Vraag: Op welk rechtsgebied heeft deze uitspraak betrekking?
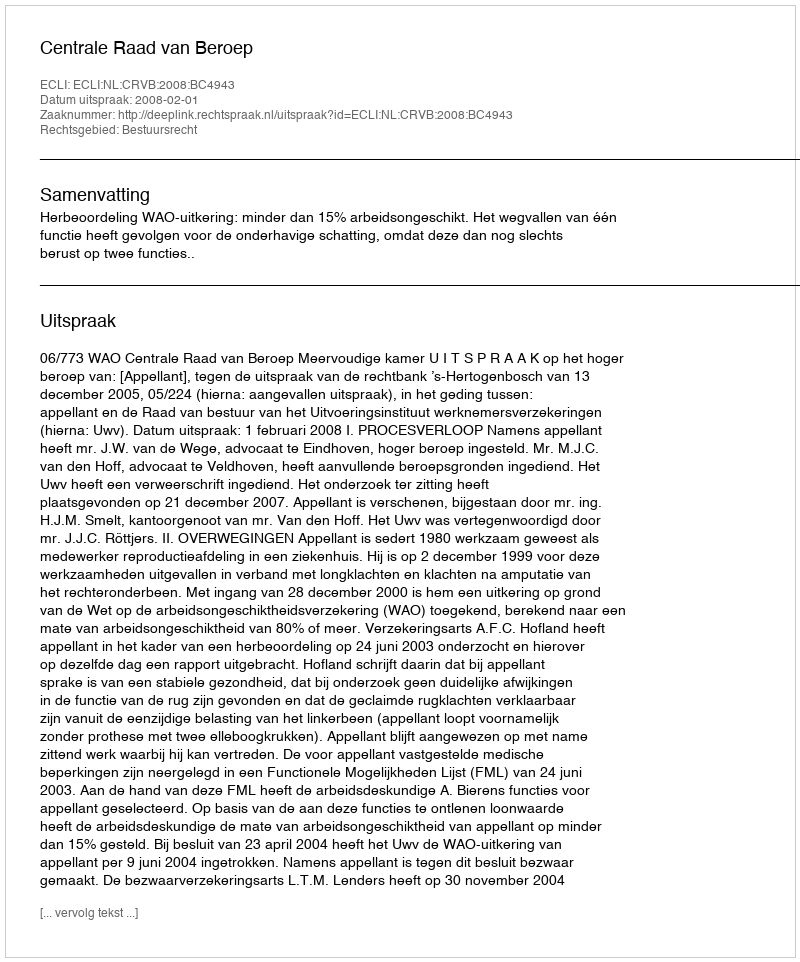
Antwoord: Bestuursrecht